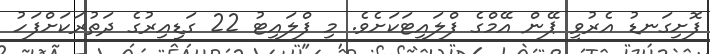
ފޮށިގަނޑު އެރުވީ ޕޭން އޭމްގެ ފްލައިޓަކަށެވެ. މި ފްލައިޓު 22 ގަޑިއިރުގެ ދަތުރަކަށްފަހު